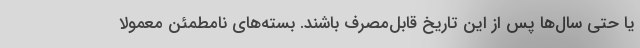
یا حتی سال‌ها پس از این تاریخ قابل‌مصرف باشند. بسته‌های نامطمئن معمولا